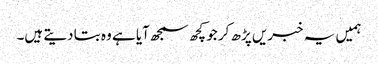
ہمیں یہ خبریں پڑھ کر جو کچھ سمجھ آیا ہے وہ بتا دیتے ہیں۔